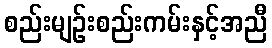
စည်းမျဉ်းစည်းကမ်းနှင့်အညီ